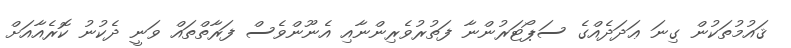
ޤައުމުތަކުން ގިނަ ޢަދަދެއްގެ ސަޕޯޓަރުންނާ ފަތުރުވެރިންނާއި އެނޫންވެސް ފަރާތްތައް ވަނީ ދެކުނު ކޮރެއާއަށް